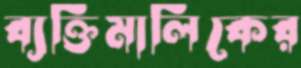
ব্যক্তিমালিকের